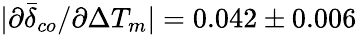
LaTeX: |\partial\bar{\delta}_{co}/\partial\Delta T_{m}|=0.042\pm 0.006